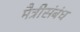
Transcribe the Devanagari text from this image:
मैत्रीसंबंध